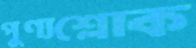
পুণ্যশ্লোক